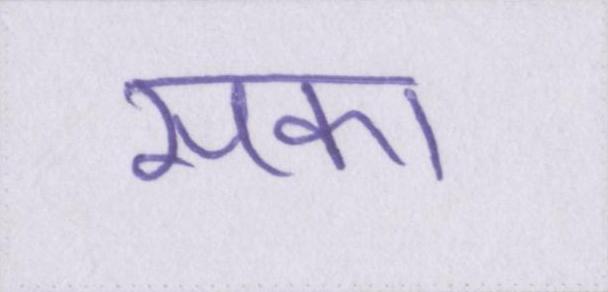
सका